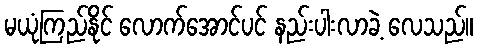
မယုံကြည်နိုင် လောက်အောင်ပင် နည်းပါးလာခဲ့ လေသည်။